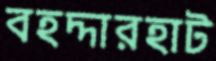
বহদ্দারহাট